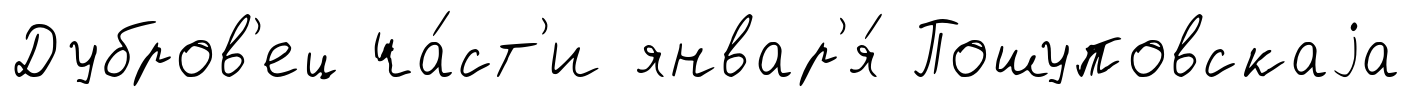
Дубров'ец ча́ст'и январ'я́ Пошуповскаjа